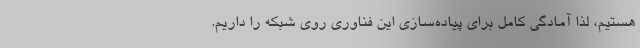
هستیم، لذا آمادگی کامل برای پیاده‌سازی این فناوری روی شبکه را داریم.